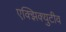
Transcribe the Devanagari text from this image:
एक्झिक्युटीव